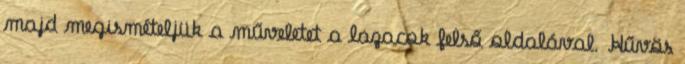
majd megismételjük a műveletet a lazacok felső oldalával. Hűvös